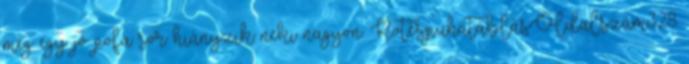
meg egy jó pofa sör hiányzik neki nagyon. Kötés:puhatáblásOldalszám:328